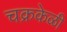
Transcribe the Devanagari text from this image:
चक्रकेळी